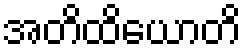
အတိထိယောတိ